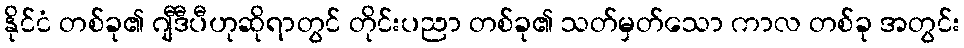
နိုင်ငံ တစ်ခု၏ ဂျီဒီပီဟုဆိုရာတွင် တိုင်းပညာ တစ်ခု၏ သတ်မှတ်သော ကာလ တစ်ခု အတွင်း